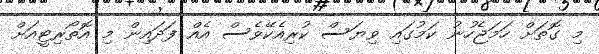
މި ގޮތަށް ހަމަޖެހުނު ކަމުގައި ވިޔަސް ކުރިއެކޭވެސް އެއް ފަދައިން މި އޮތޯރިޓީއަށް